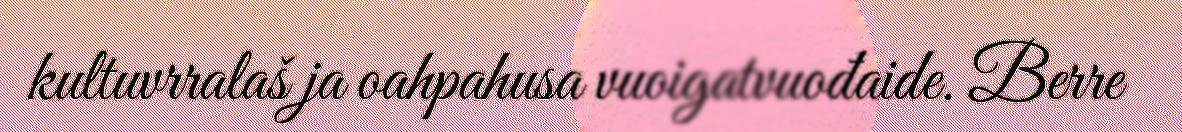
kultuvrralaš ja oahpahusa vuoigatvuođaide. Berre